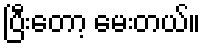
ပြီးတော့ မေးတယ်။